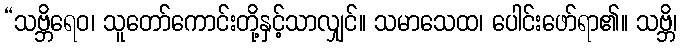
“သဗ္ဘိရေဝ၊ သူတော်ကောင်းတို့နှင့်သာလျှင်။ သမာသေထ၊ ပေါင်းဖော်ရာ၏။ သဗ္ဘိ၊